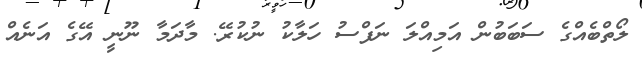
ލޯތްބެއްގެ ސަބަބުން އަމިއްލަ ނަފްސު ހަލާކު ނުކުރޭ. މާދަމާ ނޫނީ އޭގެ އަނެއް